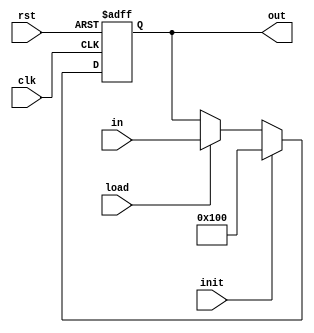
module reg_16 (input clk , rst , init , load , input[15:0] in , output reg[15:0] out);
    always@(posedge clk ,posedge rst) begin
        if(rst) out <= 16'b0;
        else begin
            if(init) out <= {8'b00000001 , 8'b0};
            else if(load) out <= in;
        end
    end
endmodule

module counter_4(input clk , rst , cnt , init , output reg[3:0] out);
    always@(posedge clk ,posedge  rst) begin
        if (rst) out <= 4'b0;
        else begin
            if(init) out <= 4'b0;
            else if(cnt) out <= out + 1;
        end
    end
endmodule

module mux_2_to_1 (input[15:0] in1 ,in2 , input s , output[15:0] out);
    assign out = s ? in1:in2;
endmodule

module sub_add(input[15:0] in1 , in2 , input mode , output[15:0] out);
    assign out = mode ? in1 + in2 : in1 - in2;
endmodule

module comparator(input[7:0] in1 , in2 , output lt);
    assign lt = (in1 <= in2);
endmodule

module Mul(input[15:0] in1 , in2 , output[15:0] out);
    wire[31:0] result;
    assign result = in1 * in2 ;
    assign out = result[23:8] ;
endmodule